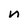
Character: n